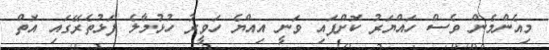
މިއެންމެން ވެސް ހައްޔަރު ކޮށްފައި ވަނީ އިއްޔެ ހަވީރު ހުޅުމާލެ ފަޅުތެރޭގައި އޮތް